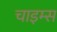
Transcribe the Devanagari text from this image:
चाइम्‍स